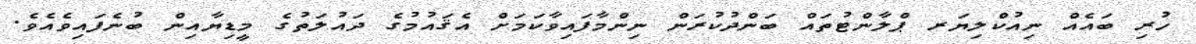
ހުރި ބައެއް ނިއުކްލިޔަރ ޕްލާންޓުތައް ބަންދުކުރަން ނިންމާފައިވާކަމަށް އެޤައުމުގެ ދައުލަތުގެ މީޑިޔާއިން ބުނެފައިވެއެވެ.